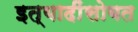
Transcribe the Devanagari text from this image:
इत्यादींसोबत